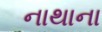
નાથાના